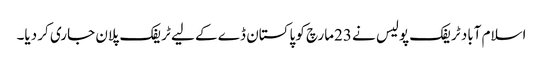
اسلام آباد ٹریفک پولیس نے 23مارچ کو پاکستان ڈے کے لیے ٹریفک پلان جاری کر دیا۔